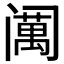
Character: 𱾣